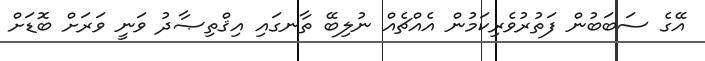
އޭގެ ސަބަބުން ފަތުރުވެރިކަމުން އެއްޗެއް ނުލިބޭ ތާނގައި އިޤްތިޞާދު ވަނީ ވަރަށް ބޮޑަށް